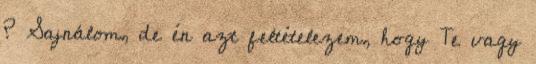
? Sajnálom, de én azt feltételezem, hogy Te vagy